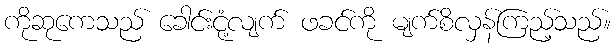
ကိုဆုကေသည် ခေါင်းငုံ့လျက် ဖခင်ကို မျက်စိလှန်ကြည့်သည်။